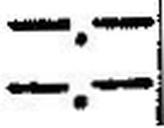
—.—